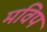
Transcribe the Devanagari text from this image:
मविप